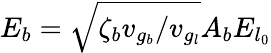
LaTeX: E_{b}=\sqrt{\zeta_{b}v_{g_{b}}/v_{g_{l}}}A_{b}E_{l_{0}}